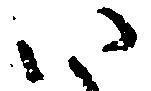
い